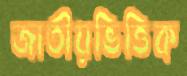
জাতীয়ভিত্তিক